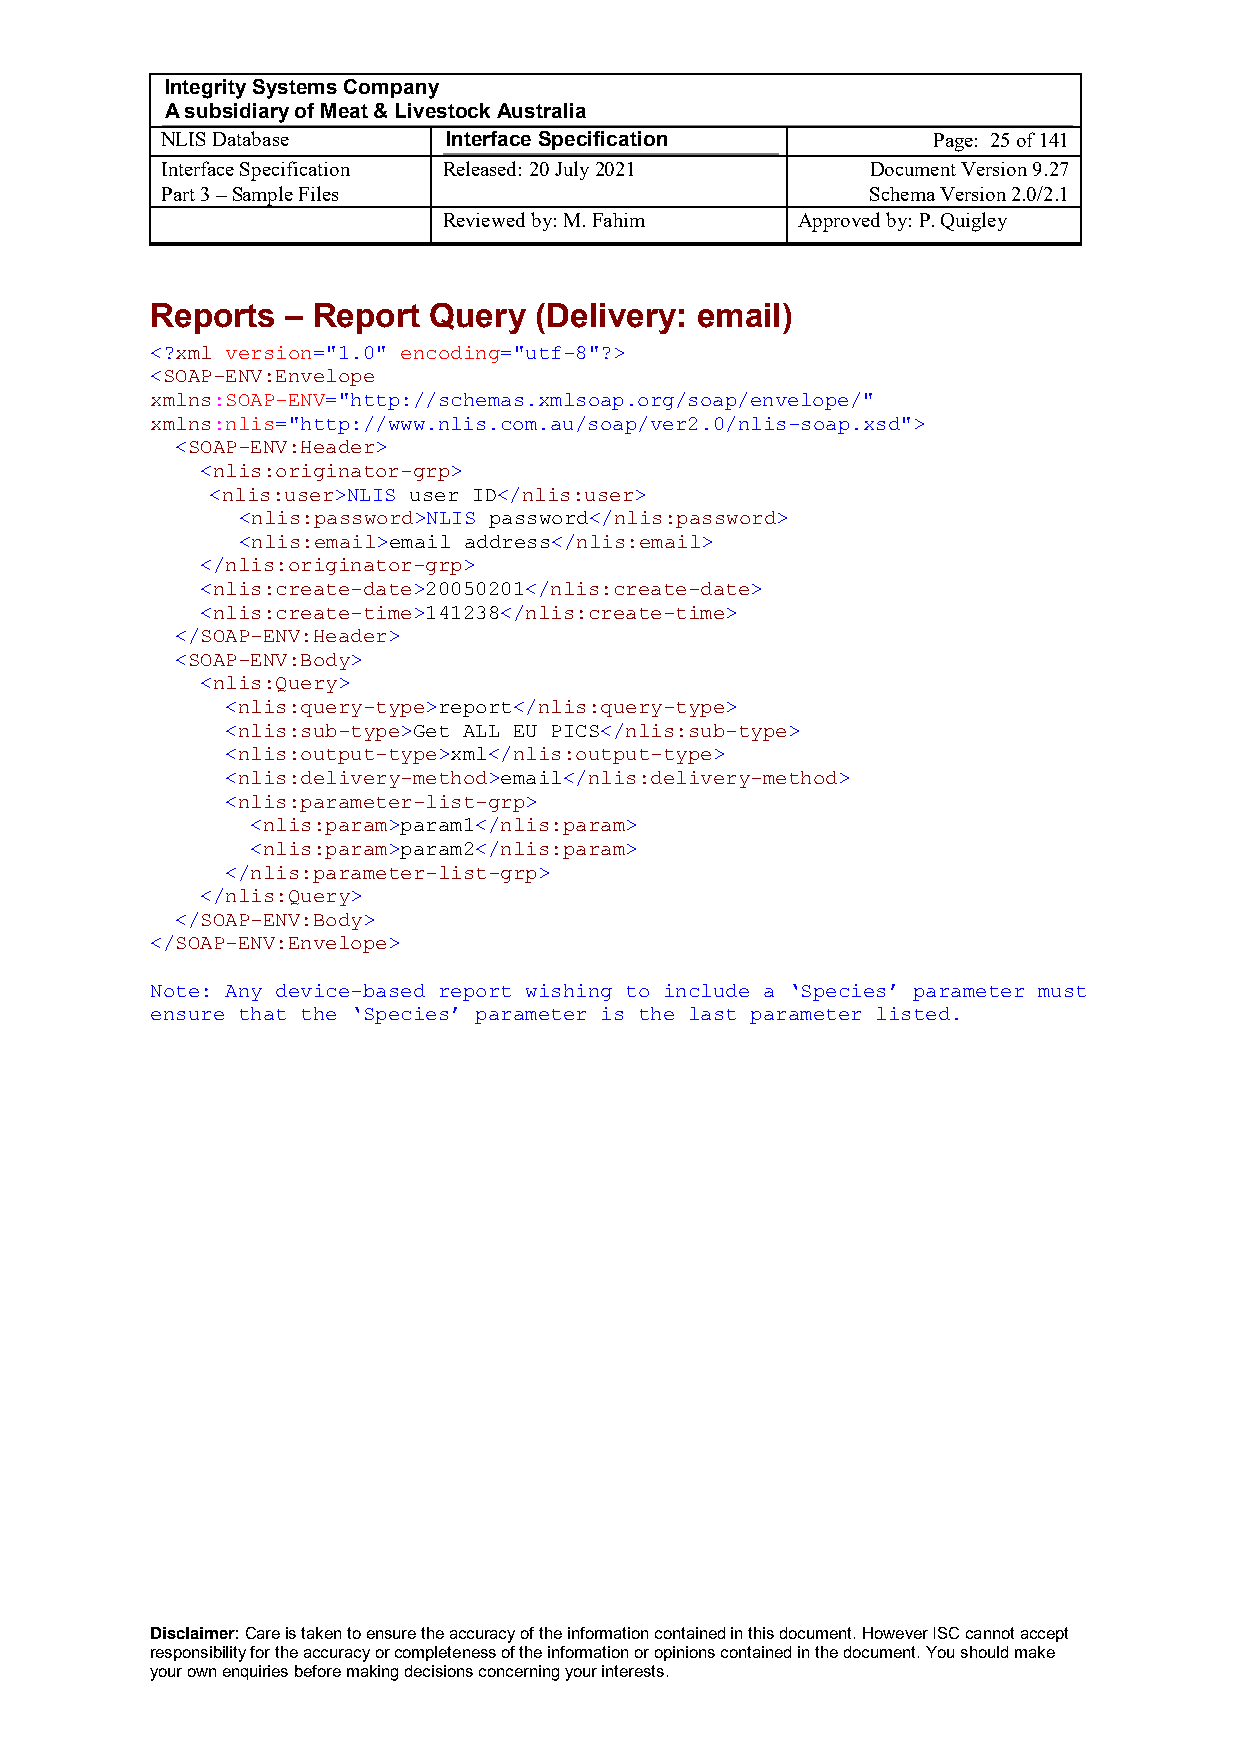
Integrity Systems Company
 A subsidiary of Meat & Livestock Australia
 NLIS Database      Interface Specification         Page: 25 of 141
 Interface Specification Released: 20 July 2021 Document Version 9.27
 Part 3 – Sample Files                          Schema Version 2.0/2.1
 Reviewed by: M. Fahim   Approved by: P. Quigley
 Reports  – Report Query  (Delivery: email)
 <?xml version="1.0" encoding="utf-8"?>
 <SOAP-ENV:Envelope
 xmlns:SOAP-ENV="http://schemas.xmlsoap.org/soap/envelope/"
 xmlns:nlis="http://www.nlis.com.au/soap/ver2.0/nlis-soap.xsd">
 <SOAP-ENV:Header>
 <nlis:originator-grp>
 <nlis:user>NLIS user ID</nlis:user>
 <nlis:password>NLIS password</nlis:password>
 <nlis:email>email address</nlis:email>
 </nlis:originator-grp>
 <nlis:create-date>20050201</nlis:create-date>
 <nlis:create-time>141238</nlis:create-time>
 </SOAP-ENV:Header>
 <SOAP-ENV:Body>
 <nlis:Query>
 <nlis:query-type>report</nlis:query-type>
 <nlis:sub-type>Get ALL EU PICS</nlis:sub-type>
 <nlis:output-type>xml</nlis:output-type>
 <nlis:delivery-method>email</nlis:delivery-method>
 <nlis:parameter-list-grp>
 <nlis:param>param1</nlis:param>
 <nlis:param>param2</nlis:param>
 </nlis:parameter-list-grp>
 </nlis:Query>
 </SOAP-ENV:Body>
 </SOAP-ENV:Envelope>
 Note: Any device-based report wishing to include a ‘Species’ parameter must
 ensure that the ‘Species’ parameter is the last parameter listed.
 Disclaimer: Care is taken to ensure the accuracy of the information contained in this document. However ISC cannot accept
 responsibility for the accuracy or completeness of the information or opinions contained in the document. You should make
 your own enquiries before making decisions concerning your interests.